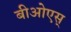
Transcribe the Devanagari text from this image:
बीओएस्